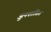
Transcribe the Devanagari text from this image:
अुनशासित